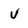
Character: v